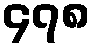
၄၇၈